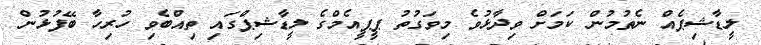
ލީޑާޝިޕެއް ނެތުމުން ކަމަށް ވިދާޅުވެ މިވަގުތު ޕީޕީއެމްގެ ލީޑާޝިޕްގައި ތިއްބެވި ހުރިހާ ބޭފުޅުން